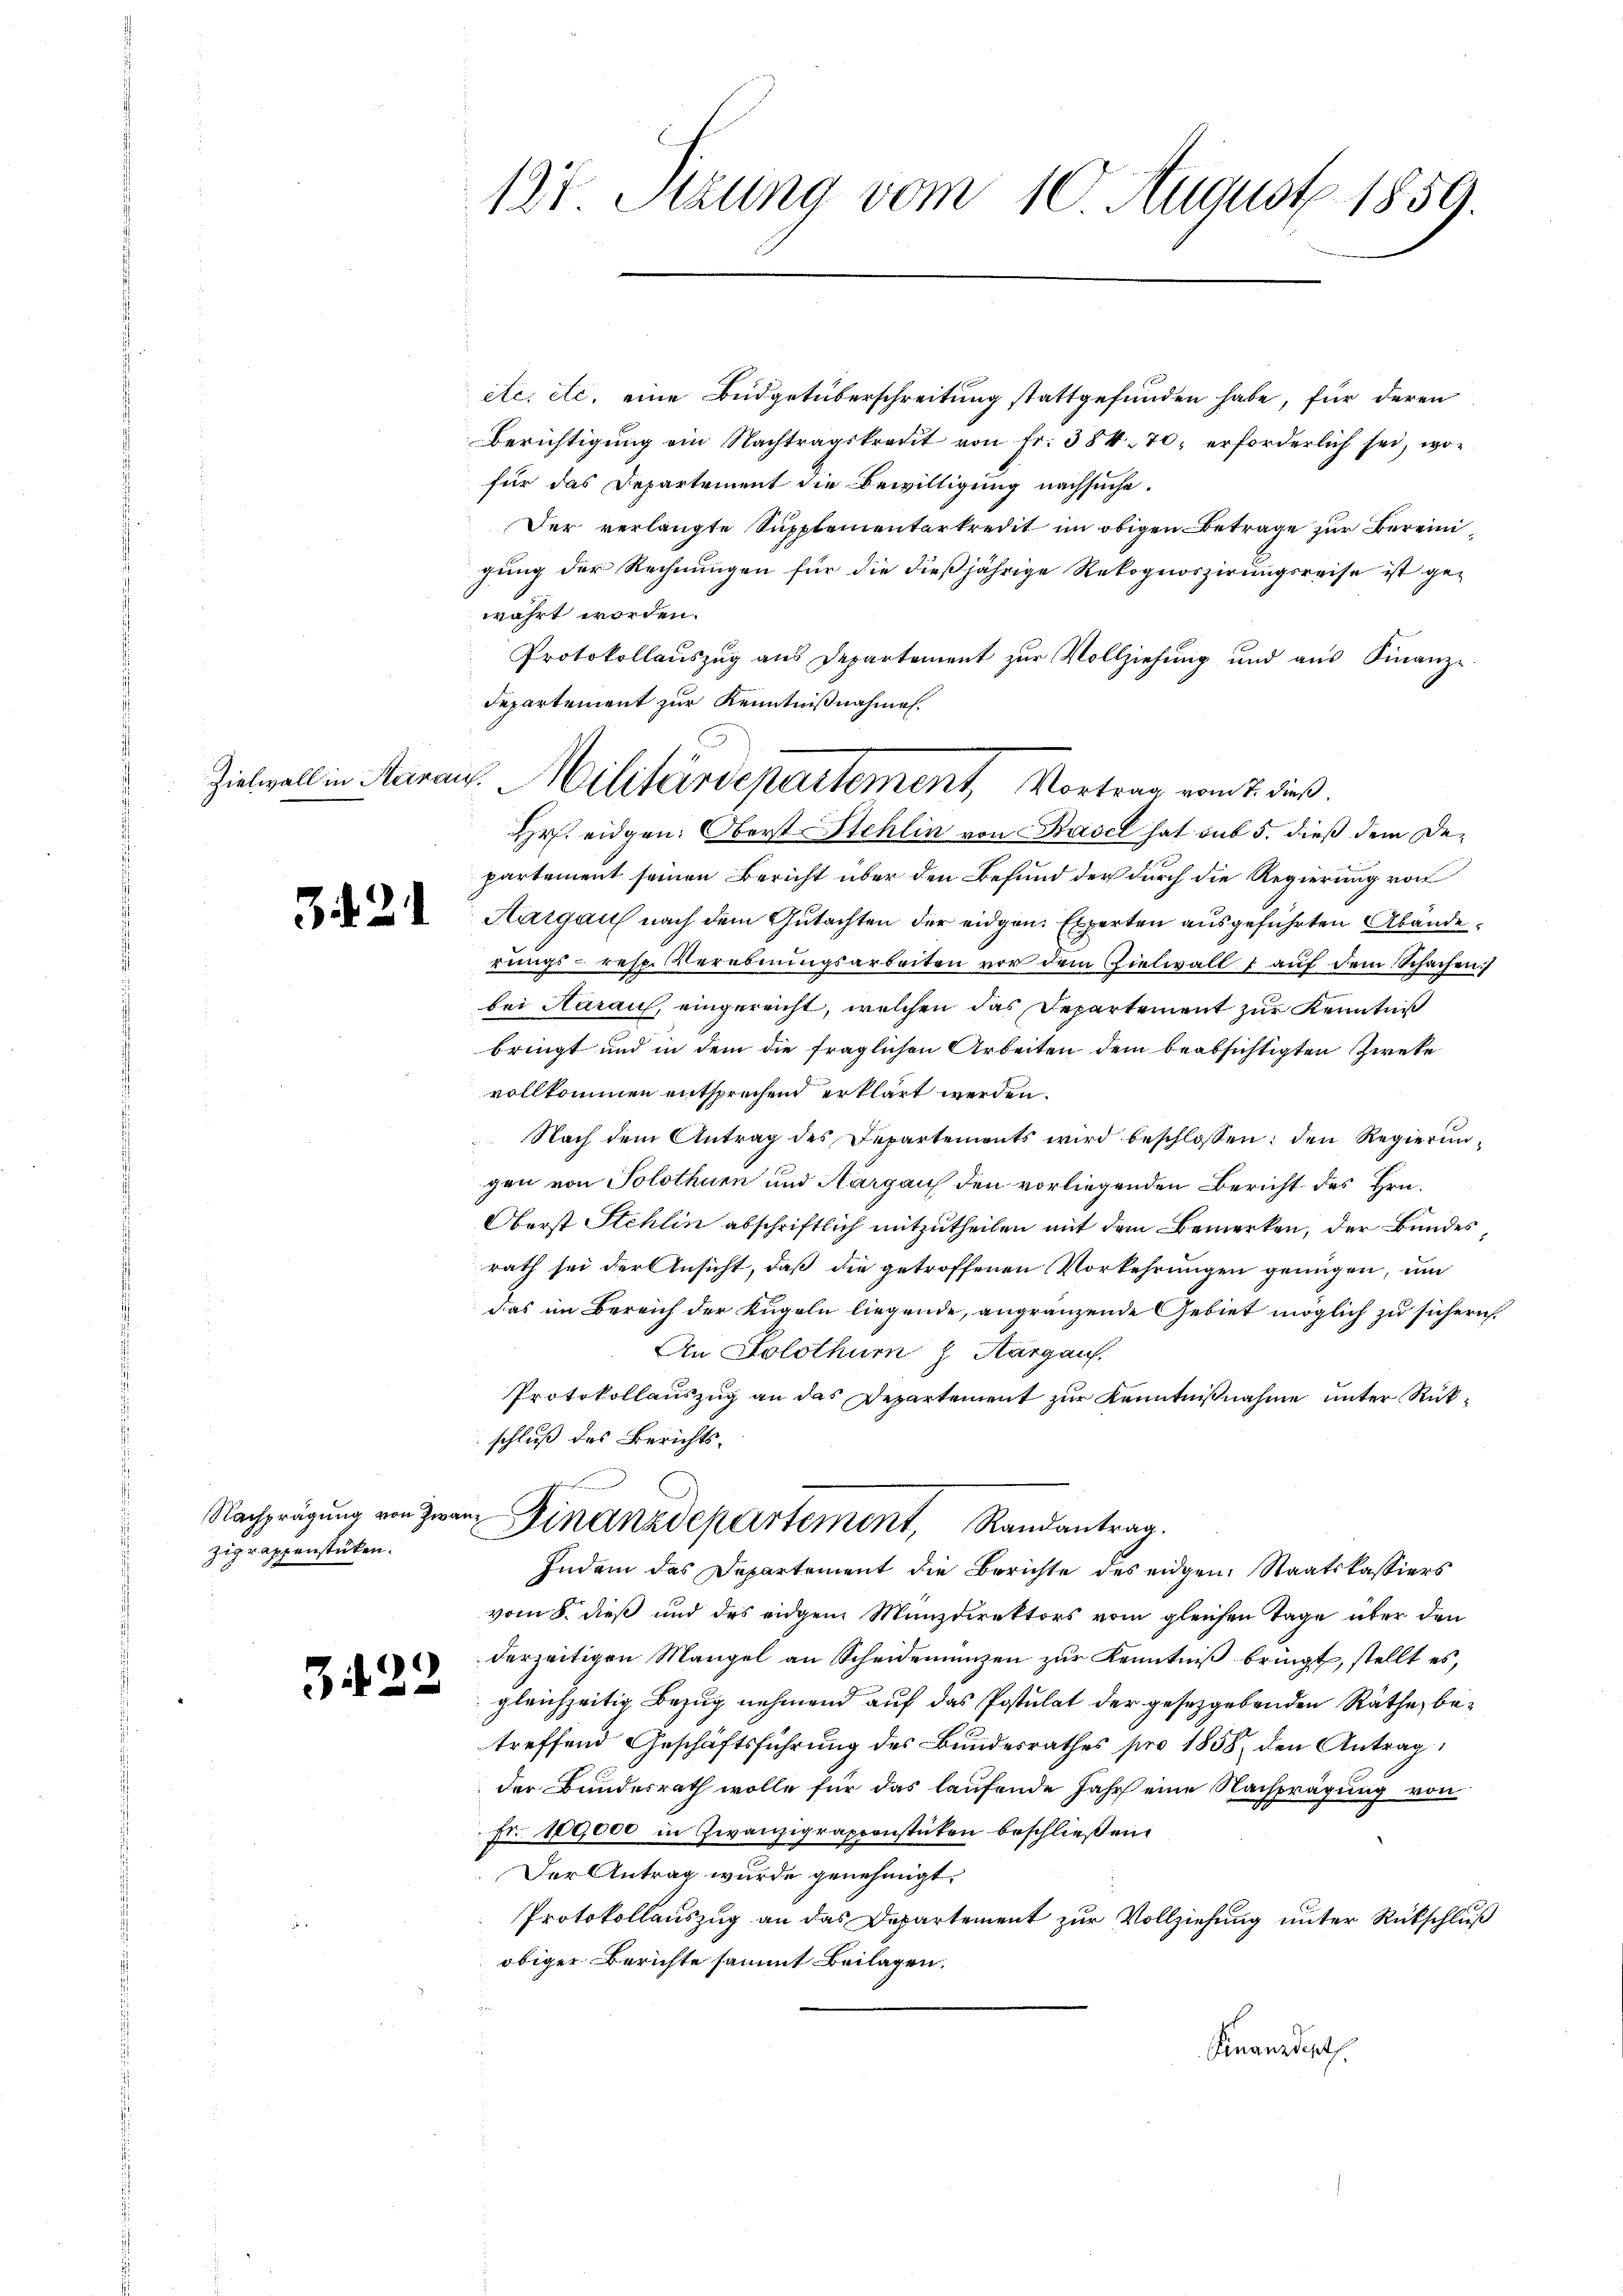
Zielwall in Aarauf.

.d. 2.

Zigrappenstücken.

)
34

etc. etc. eine Büdgetüberschreitung stattgefunden habe, für deren
Berichtigŭng ein Nachtragskredit von Fr. 384. 70, erforderlich sei, wofür das Departement die Bewilligung nachsuche.
Der verlangte Supplementarkredit im obigen Betrage zur Bereinigung der Rechnungen für die dießjährige Rekognoszirungsreise ist gewahrt worden.
Protokollaŭszŭg aŭs Departement zŭr Vollziehŭng und aŭs Finanze
Departement zur Kenntnißnahmen.
Hr. eidgen: Oberst Stehlin von Basel hat sub 5. dieß dem Departement seinen Bericht über den Befund der durch die Regierung von
Hargau nach dem Gutachten der eidgen. Experten ausgeführten Abänderungs- resp. Verebnungsarbeiten vor dem Zielwall & auf dem Schachen)
bei Haraus, eingereicht, welchen das Departement zur Kenntniß
bringt und in dem die fraglichen Arbeiten dem beabsichtigten Zweke
vollkommen entsprechend erklärt werden.
Nach dem Antrag des Departements wird beschlossen: den Regierŭn-
gen von Solothurn und Aargaus den vorliegenden Bericht des Hrn.
Oberst Stehlin abschriftlich mitzutheilen mit dem Bemerken, der Bundes
rath sei der Ansicht, daß die getroffenen Vorkehrungen genügen, um
das im Bereich der Kugeln liegende, angränzende Gebiet möglich zu sichern
An Solothum J. Aargau,
Protokollauszug an das Departement zur Kenntnißnahme unter Rükschluß des Berichts-
n
Nachprägung von zwar Finanzdepartement, Randantrag.
Indem das Departement die Berichte des eidgen. Staatskassiers
vom 8. dieß und des eidgem Münzdirektors vom gleichen Tage über den
derzeitigen Mangel an Scheidemünzen zur Kenntniß bringt, stellt es,
gleichzeitig Bezug nehmend auf das Postulat der gesetzgebenden Räthe, betreffend Geschäftsführung des Bundesrathes pro 1858, den Antrag
der Bundesrath wolle für das laufende Jahr eine Nachprägung von
fr. 189000 in Zwanzigrappenstücken beschließen.
Der Antrag wurde genehmigt.
Protokollauszug an das Departement zur Vollziehung unter Rückschluß
obiger Berichte sammt Beilagen.
Finanzdarth

127 Stzung vom 10 August 1859.

Wilitärdepartement Vortrag vom 2. dieß.